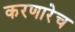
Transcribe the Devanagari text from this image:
करणारेच